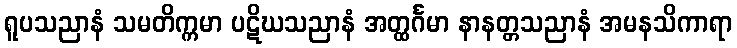
ရူပသညာနံ သမတိက္ကမာ ပဋိဃသညာနံ အတ္ထင်္ဂမာ နာနတ္တသညာနံ အမနသိကာရာ